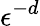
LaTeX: \epsilon^{-d}